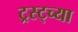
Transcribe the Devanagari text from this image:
ट्रस्ट्च्या